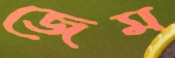
জেম